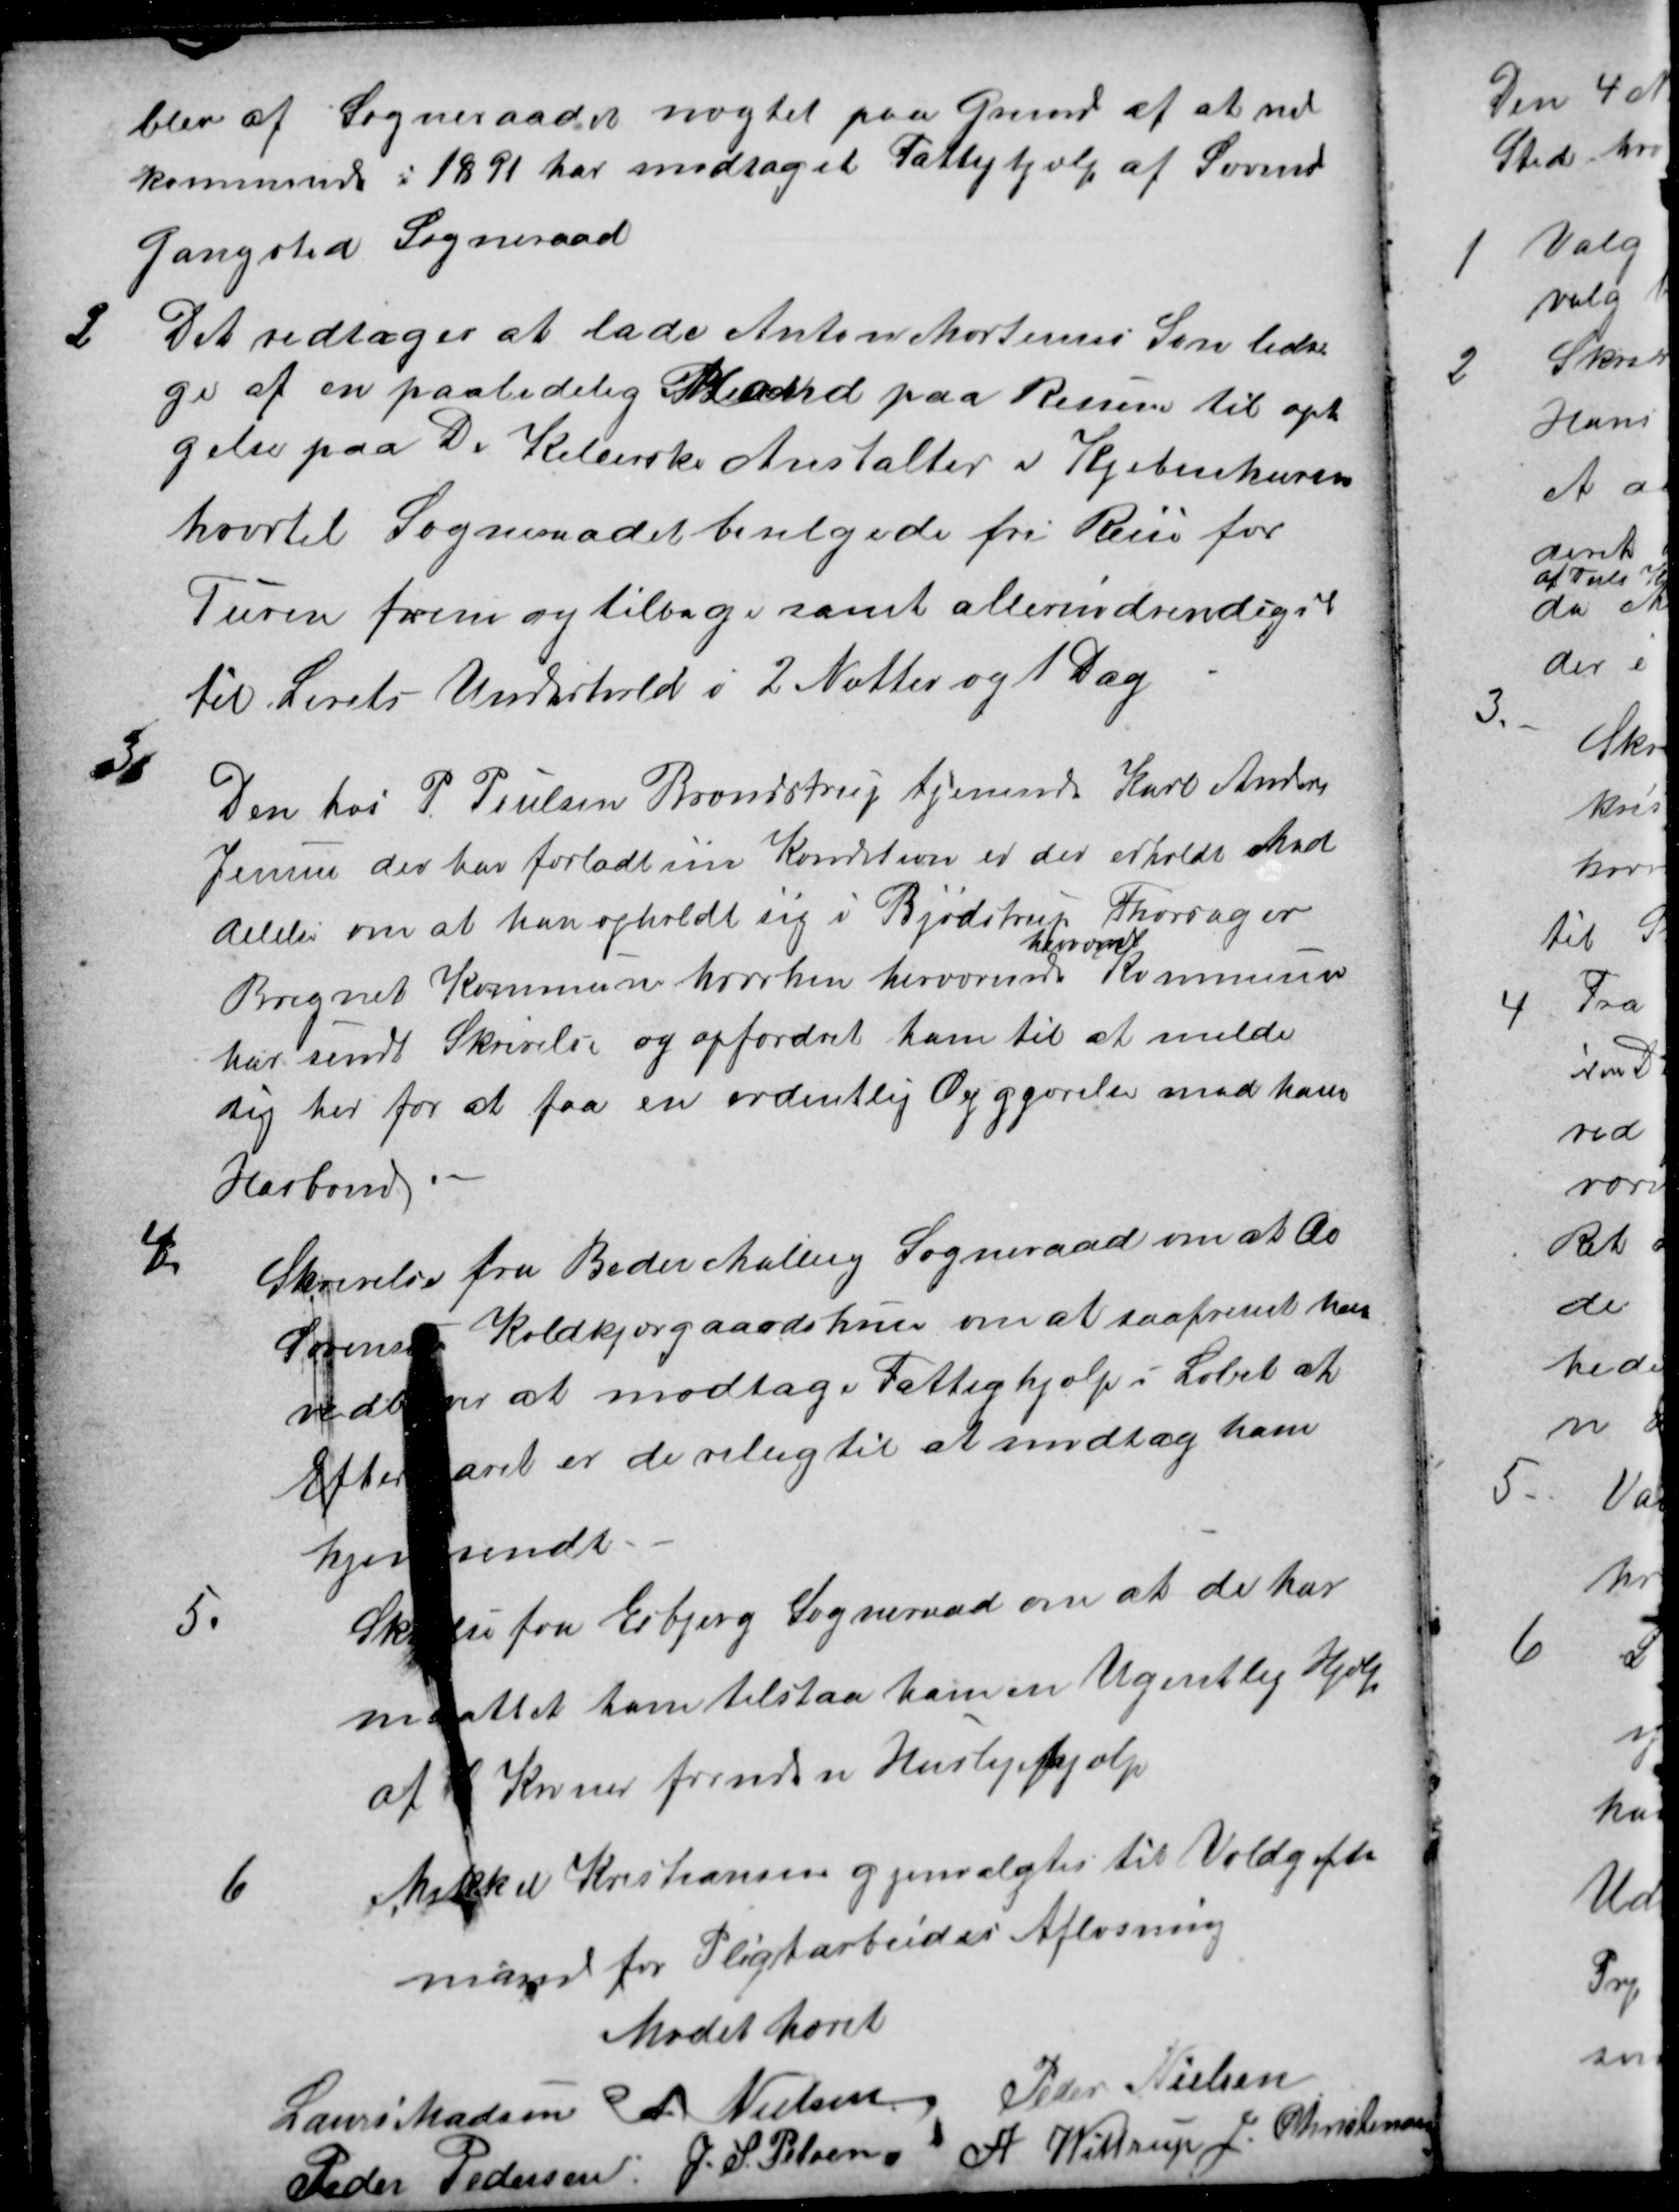
Transskription:
blev af Sogneraadet nægtet paa Grund af at ved
kommende i 1891 har modtaget Fattighjælp af Søvind
Gangsted Sogneraad
2
Det vedtoges at lade Anton Mortensens Søn ledsa-
ge af en paalidelig Mand paa Reisen til opta
gelse paa De Kellerske Anstalter i Kjøbenhaven
hvortil Sogneraadet bevilgede fri Reise for
Turen frem og tilbage samt allernødvendigst
til Livets Underhold i 2 Nætter og 1 Dag
3
Den hos P. Poulsen Brendstrup tjenende Karl Anders
Jensen der har forladt sin Kondition er der erholdt Med
delelse om at han opholdt sig i Bjødstrup Thorsager
Bregnet Kommune hvorhen herværende 
herværende
Kommune
har sendt Skrivelse og opfordret ham til at melde
sig her for at faa en ordentlig Opgjørelse med hans
Husbond.
4.
Skrivelse fra Beder Malling Sogneraad om at Aa
Sørensen Koldkjærgaards Huse om at saafremt han
vedbliver at modtage Fattighjælp i Løbet af
Efteraaret er de villig til at modtag ham
hjemsendt.
5.
Skrivelse fra Esbjerg Sogneraad om at de har
maattet ham tilstaa ham en Ugentlig Hjælp
af 6  Kroner foruden Huslejehjælp
6
Mikkel Kristiansen gjenvalgtes til Voldgifts
mand for Pligtarbeides Afløsning
Mødet hævet
Laurs Madsen
A. Nielsen
Peder Nielsen
Peder Pedersen
J. S. Pelsen
A Wittrup
J. Christensen